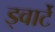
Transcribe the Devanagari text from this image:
ड्वार्टे